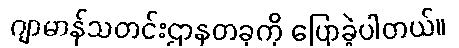
ဂျာမာန်သတင်းဌာနတခုကို ပြောခဲ့ပါတယ်။